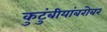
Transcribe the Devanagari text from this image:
कुटुंबीयांबरोबर